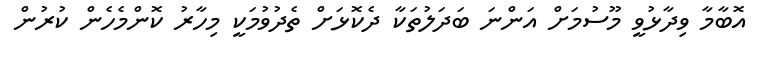
އޮބާމާ ވިދާޅުވީ މޫސުމަށް އަންނަ ބަދަލުތަކާ ދެކޮޅަށް ތެދުވުމަކީ މިހާރު ކޮންމެހެން ކުރުން